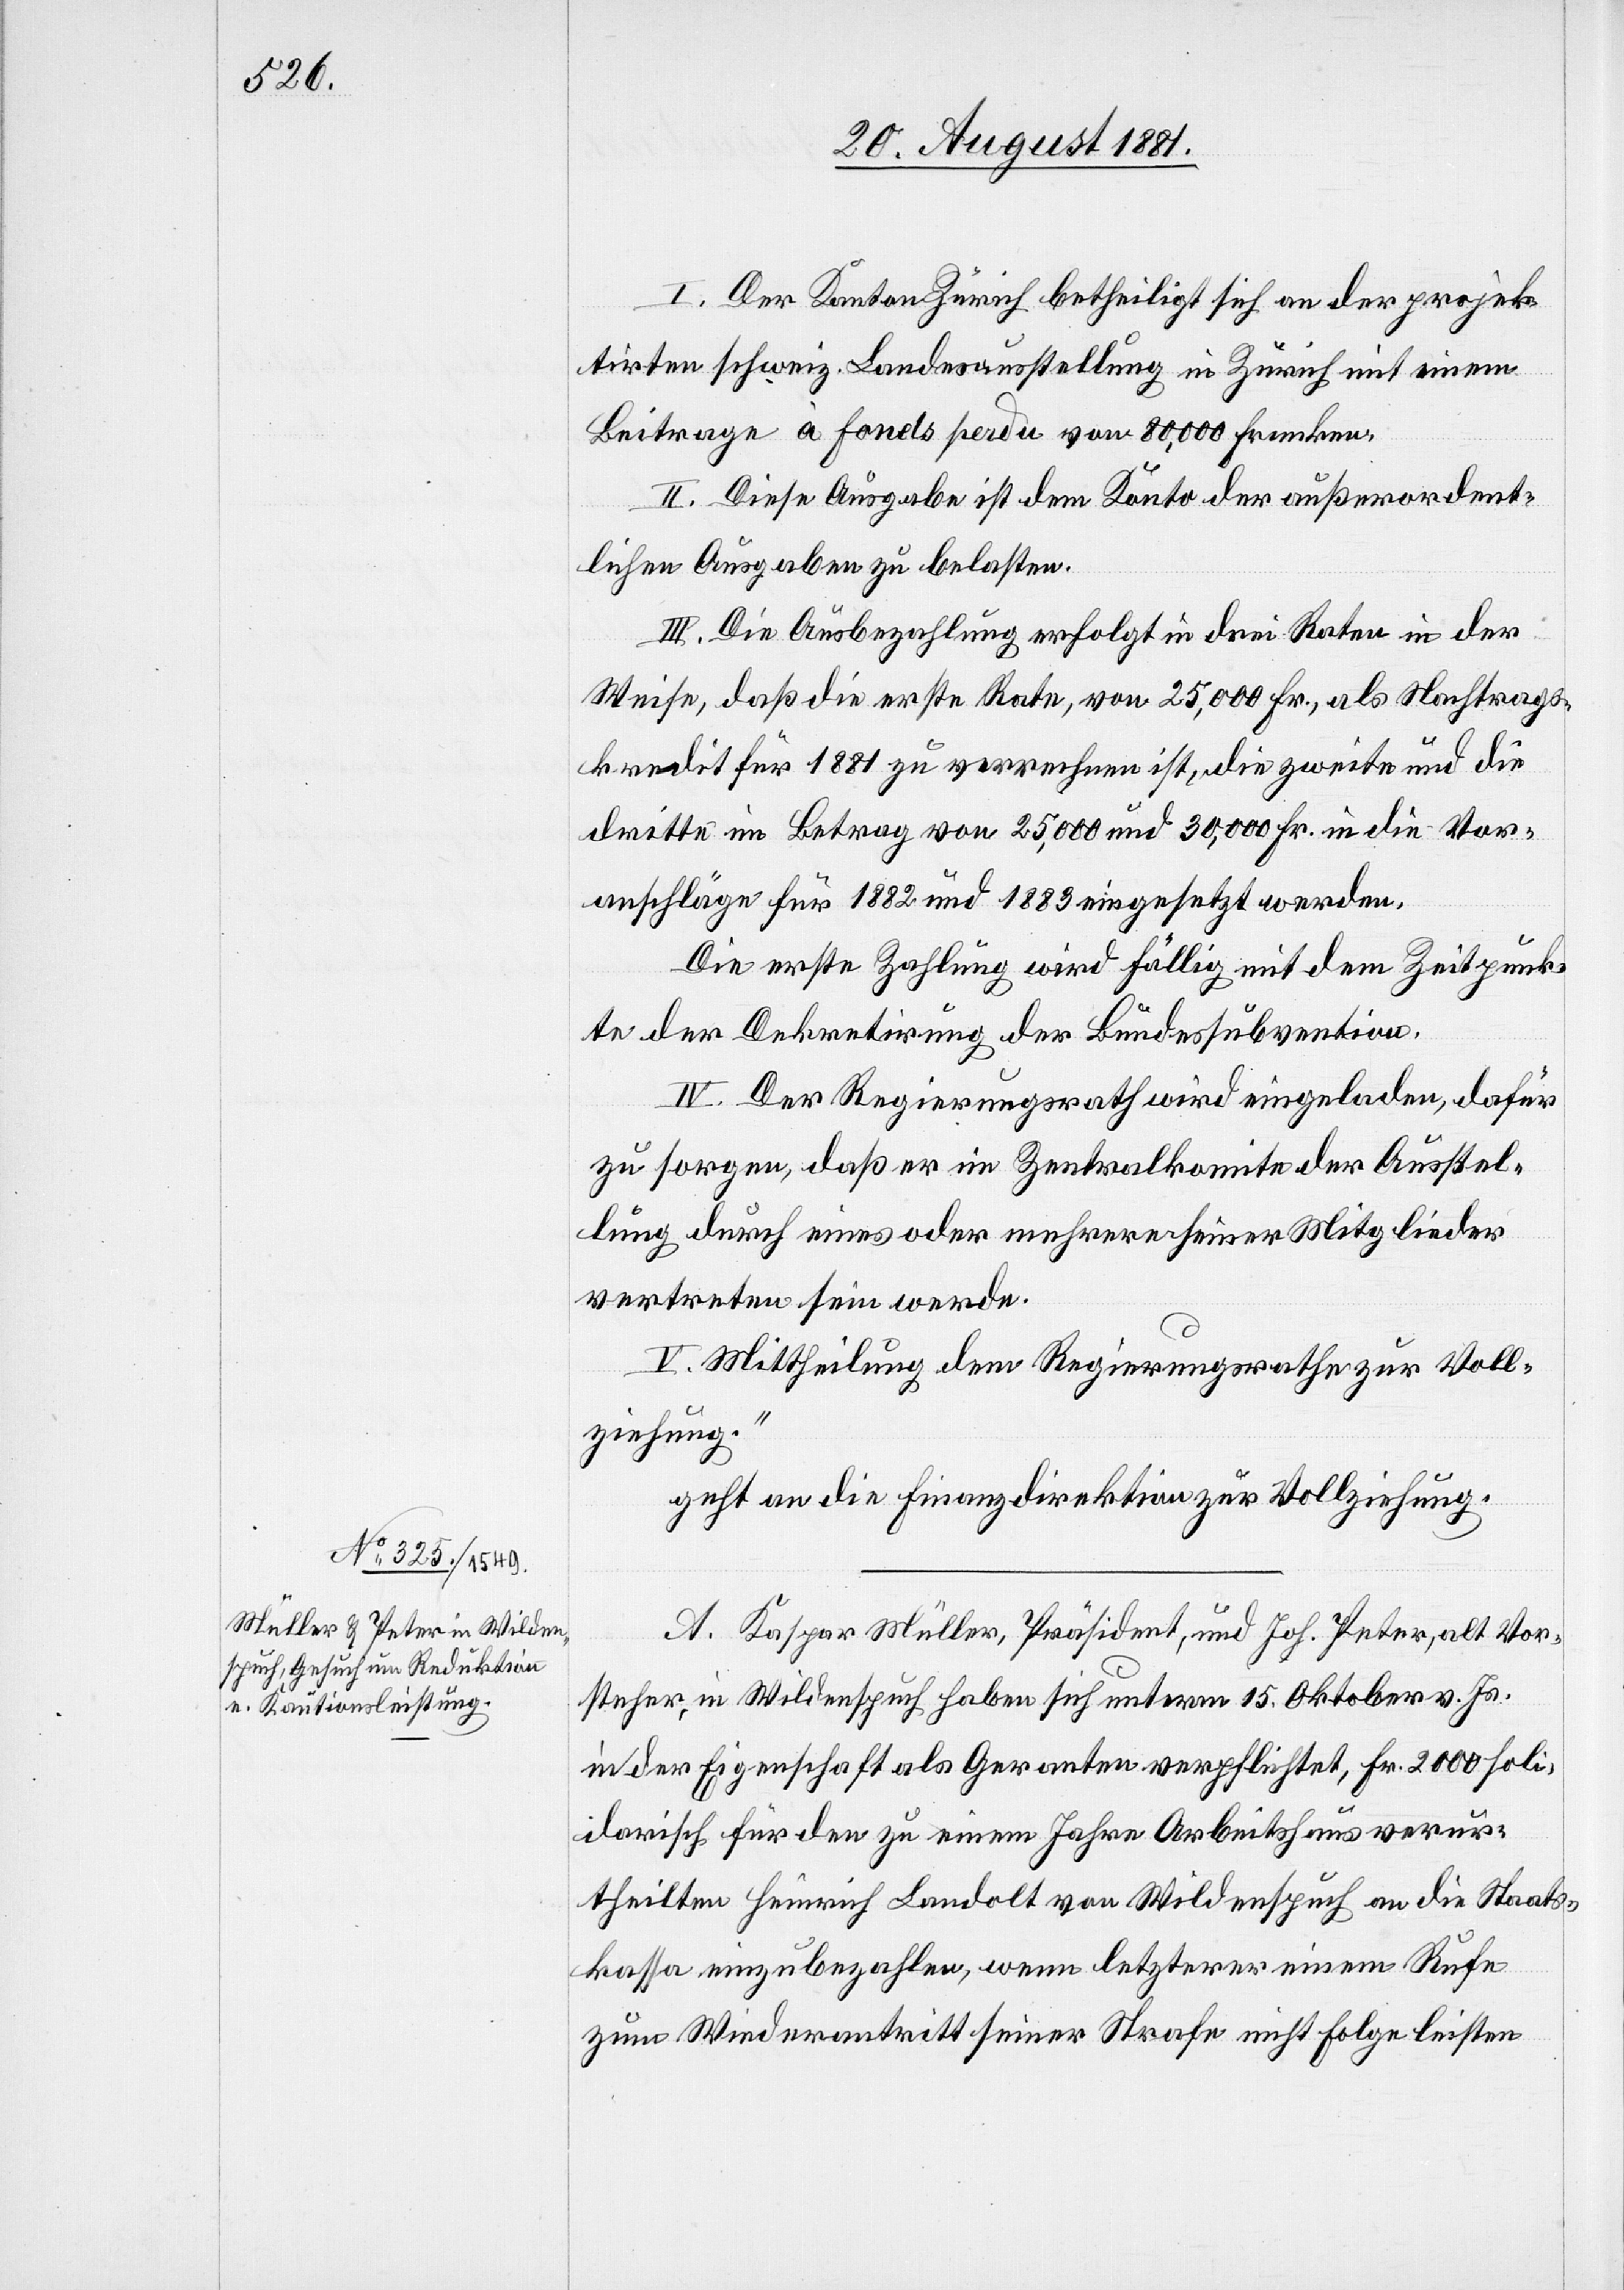
I. Der Kanton Zürich betheiligt sich an der projek¬
tirten schweiz. Landesausstellung in Zürich mit einem
Beitrage à fonds perdu von 80,000 Franken.
II. Diese Ausgabe ist dem Konto der außerordent¬
lichen Ausgaben zu belasten.
III. Die Ausbezahlung erfolgt in drei Raten in der
Weise, daß die erste Rate, von 25,000 Fr., als Nachtrags¬
kredit für 1881 zu verrechnen ist, die zweite und die
dritte im Betrag von 25,000 und 30,000 Fr. in die Vor¬
anschläge für 1882 und 1883 eingesetzt werden.
Die erste Zahlung wird fällig mit dem Zeitpunk¬
te der Dekretirung der Bundessubvention.
IV. Der Regierungsrath wird eingeladen, dafür
zu sorgen, daß er im Zentralkomite der Ausstel¬
lung durch eines oder mehrere seiner Mitglieder
vertreten sein werde.
V. Mittheilung dem Regierungsrathe zur Voll¬
ziehung.“
geht an die Finanzdirektion zur Vollziehung.
A. Kaspar Müller, Präsident, und Joh. Peter, alt Vor¬
steher, in Wildenspuch haben sich unterm 15. Oktober v. Js.
in der Eigenschaft als Geranten [sic!] verpflichtet, Fr. 2000 soli¬
darisch für den zu einem Jahre Arbeitshaus verur¬
theilten Heinrich Landolt von Wildenspuch an die Staats¬
kasse einzubezahlen, wenn letzterer einem Rufe
zum Wiederantritt seiner Strafe nicht Folge leisten